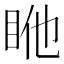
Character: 𥅂